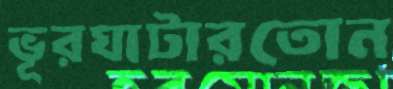
ভূরঘাটারতোন